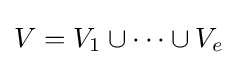
V=V_{1}\cup \cdots \cup V_{e}